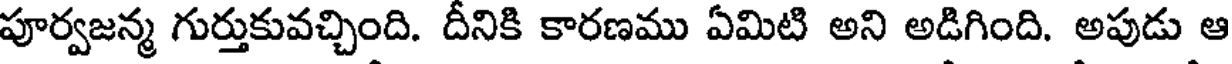
పూర్వజన్మ గుర్తుకువచ్చింది. దీనికి కారణము ఏమిటి అని అడిగింది. అపుడు ఆ